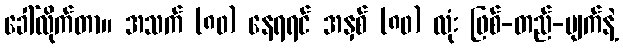
ခေါ်လိုက်တာ။ အသက် (၈၀) နေရရင် အနှစ် (၈၀) လုံး ဖြစ်-တည်-ပျက်နဲ့